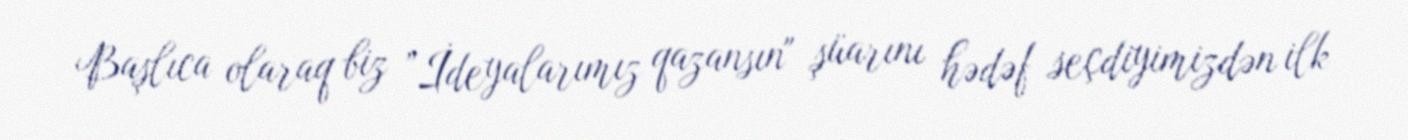
Başlıca olaraq biz ”İdeyalarımız qazansın" şüarını hədəf seçdiyimizdən ilk